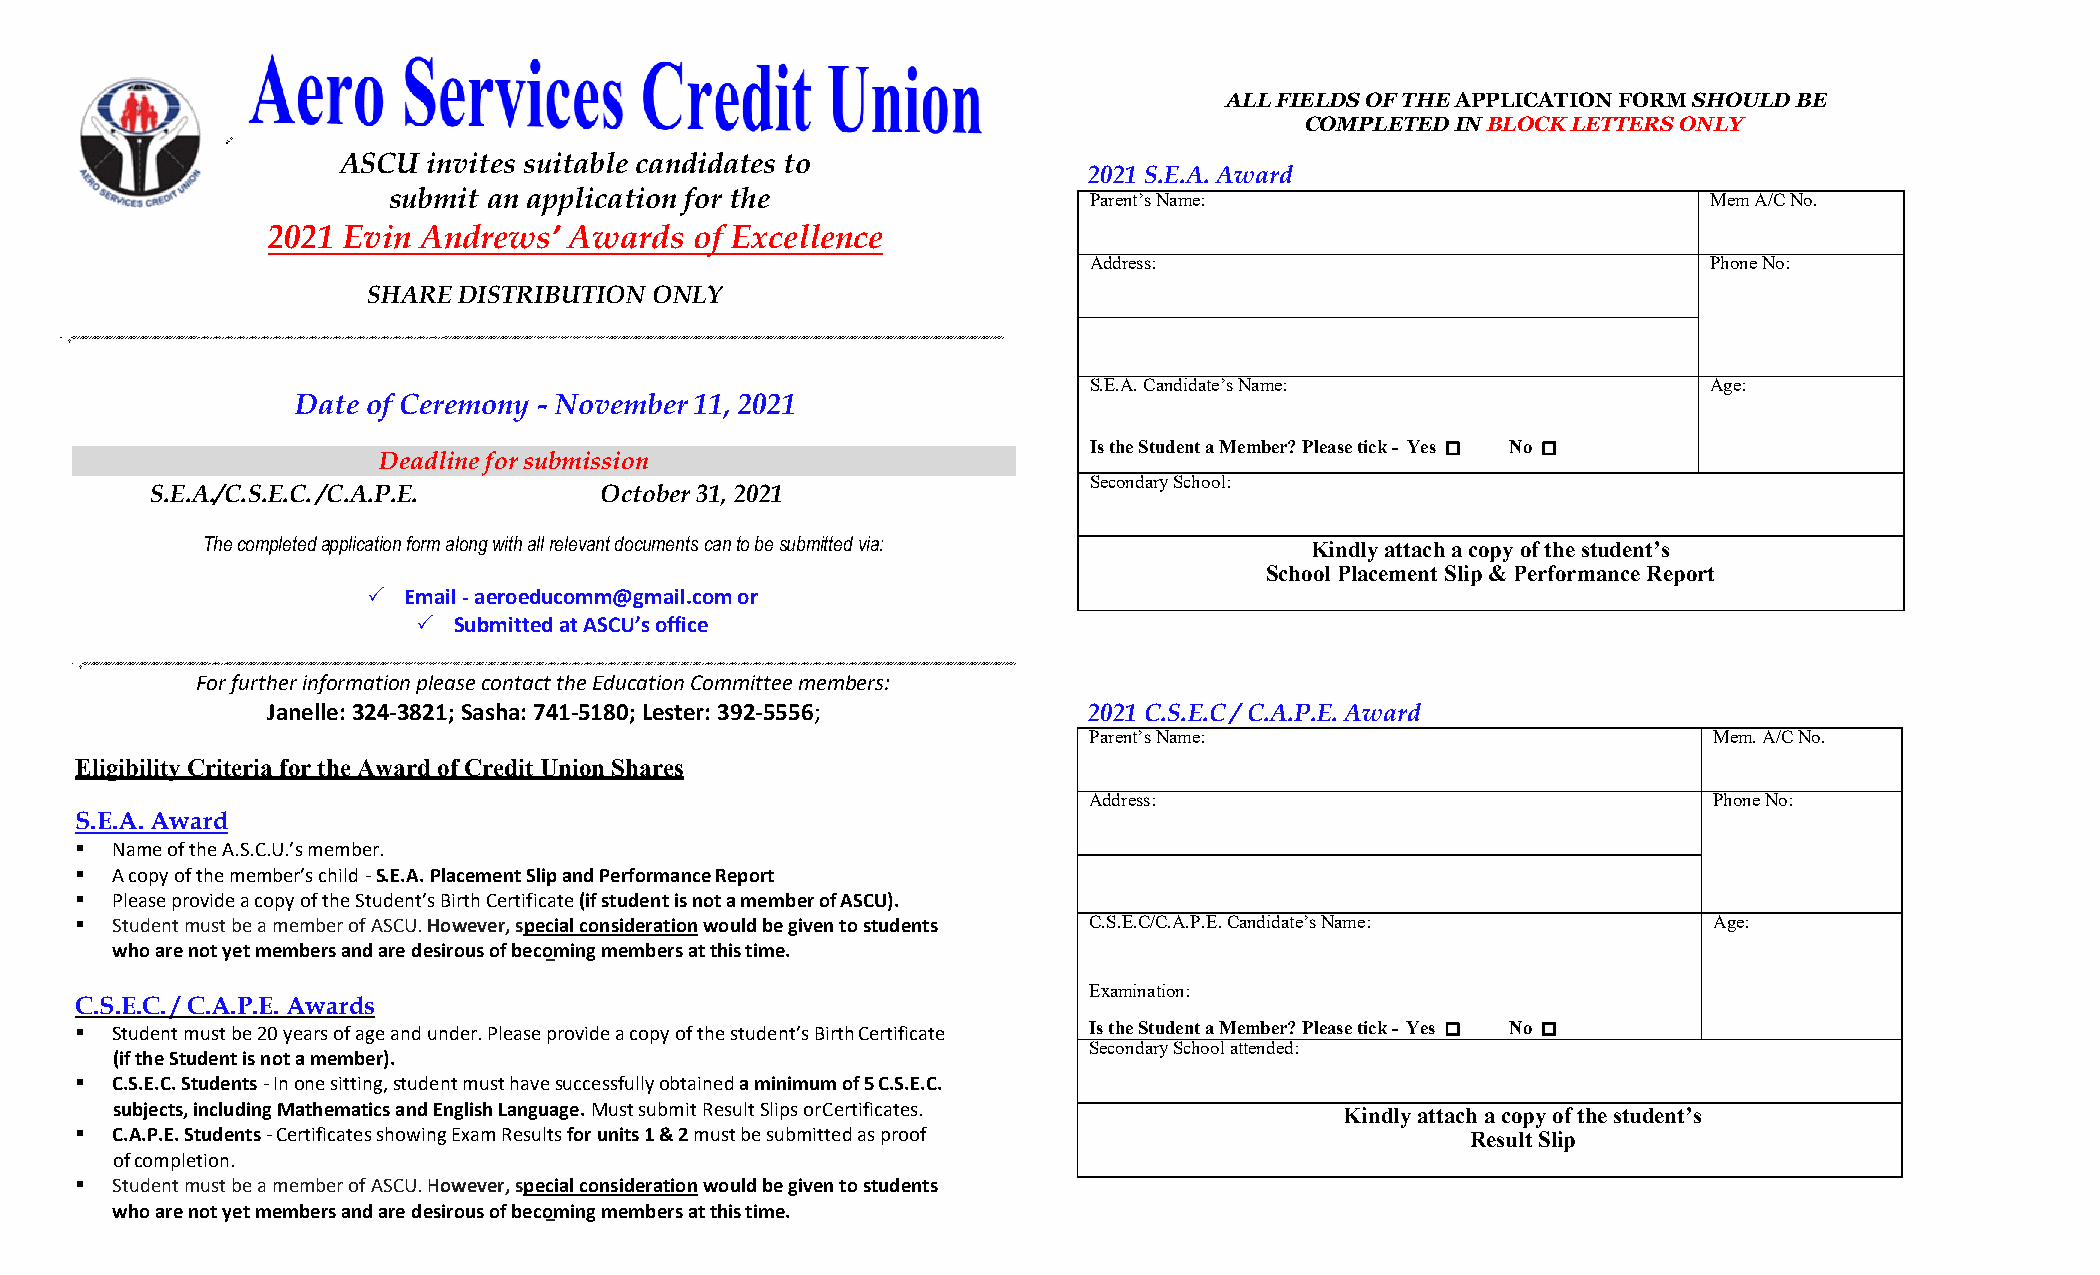
ALL FIELDS OF THE APPLICATION FORM SHOULD BE
 COMPLETED IN BLOCK LETTERS ONLY
 ASCU  invites suitable candidates to
 2021 S.E.A. Award
 submit an application for the                 Parent’s Name:                           Mem A/C No.
 2021 Evin Andrews’  Awards  of Excellence
 Address:                                 Phone No:
 SHARE DISTRIBUTION ONLY
 S.E.A. Candidate’s Name:                 Age:
 Date of Ceremony - November 11, 2021
 Is the Student a Member? Please tick - Yes  No 
 Deadline for submission
 Secondary School:
 S.E.A./C.S.E.C. /C.A.P.E.     October 31, 2021
 The completed application form along with all relevant documents can to be submitted via: Kindly attach a copy of the student’s
 School Placement Slip & Performance Report
   Email - aeroeducomm@gmail.com or
  Submitted at ASCU’s office
 For further information please contact the Education Committee members:
 Janelle: 324-3821; Sasha: 741-5180; Lester: 392-5556; 2021 C.S.E.C / C.A.P.E. Award
 Parent’s Name:                           Mem. A/C No.
 Eligibility Criteria for the Award of Credit Union Shares
 Address:                                 Phone No:
 S.E.A. Award
  Name of the A.S.C.U.’s member.
  A copy of the member’s child - S.E.A. Placement Slip and Performance Report
  Please provide a copy of the Student’s Birth Certificate (if student is not a member of ASCU).
  Student must be a member of ASCU. However, special consideration would be given to students C.S.E.C/C.A.P.E. Candidate’s Name: Age:
 who are not yet members and are desirous of becoming members at this time.
 Examination:
 C.S.E.C. / C.A.P.E. Awards
  Student must be 20 years of age and under. Please provide a copy of the student’s Birth Certificate Is the Student a Member? Please tick - Yes  No 
 Secondary School attended:
 (if the Student is not a member).
  C.S.E.C. Students - In one sitting, student must have successfully obtained a minimum of 5 C.S.E.C.
 subjects, including Mathematics and English Language. Must submit Result Slips or Certificates. Kindly attach a copy of the student’s
  C.A.P.E. Students - Certificates showing Exam Results for units 1 & 2 must be submitted as proof Result Slip
 of completion.
  Student must be a member of ASCU. However, special consideration would be given to students
 who are not yet members and are desirous of becoming members at this time.